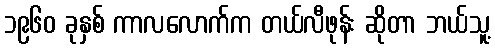
၁၉၆၀ ခုနှစ် ကာလလောက်က တယ်လီဖုန်း ဆိုတာ ဘယ်သူ့